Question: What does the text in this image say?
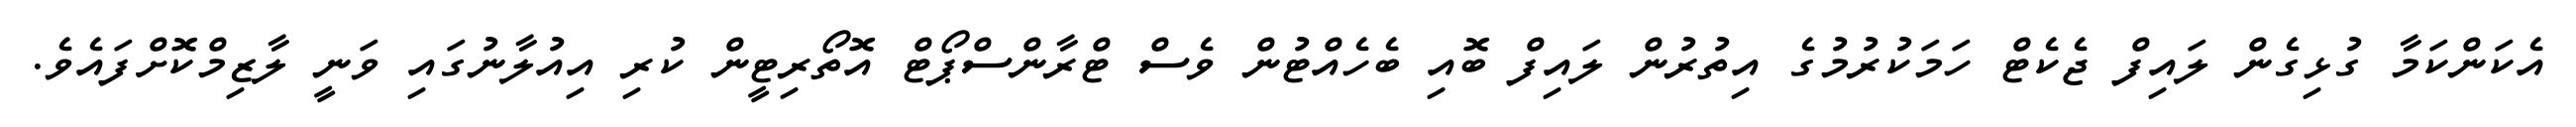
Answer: އެކަންކަމާ ގުޅިގެން ލައިފް ޖެކެޓް ހަމަކުރުމުގެ އިތުރުން ލައިފް ބޮއި ބެހެއްޓުން ވެސް ޓްރާންސްޕޯޓް އޮތޯރިޓީން ކުރި އިއުލާނުގައި ވަނީ ލާޒިމްކޮށްފައެވެ.